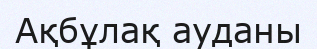
Ақбұлақ ауданы